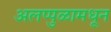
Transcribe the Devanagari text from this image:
अलप्पुळामधून